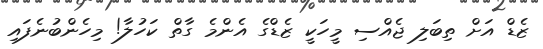
ޒެޑް އަށް ތިބަލި ޖެއްސި މީހަކީ ޒެޑްގެ އެންމެ ގާތް ކަހުލާ! މިހެންބުނެފައި